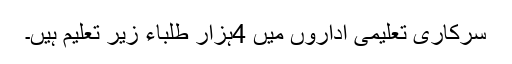
سرکاری تعلیمی اداروں میں 4ہزار طلباء زیر تعلیم ہیں۔